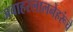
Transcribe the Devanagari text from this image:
जवाहरलालनेहरूंचे